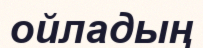
ойладың